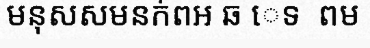
មនុសសមនក់ពអ ឆ េទ  ពម